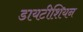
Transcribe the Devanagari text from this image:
डायटीशियन